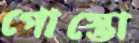
পোস্তো